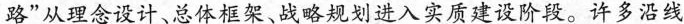
路”从理念设计、总体框架、战略规划进入实质建设阶段。许多沿线